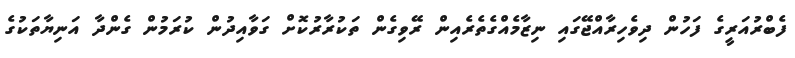
ފެބްރުއަރީގެ ފަހުން ދިވެހިރާއްޖޭގައި ނިޒާމެއްގެތެރެއިން ރޭވިގެން ތަކުރާރުކޮށް ގަވާއިދުން ކުރަމުން ގެންދާ އަނިޔާތަކުގެ